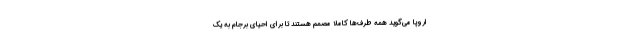
اروپا می‌گوید همه طرف‌ها کاملا مصمم هستند تا برای احیای برجام به یک